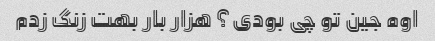
اوه جین تو چی بودی؟ هزار بار بهت زنگ زدم